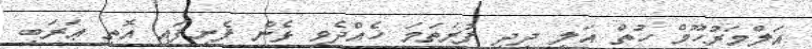
އަލްމަރުހޫމް ހުތް އަލީ ދީދީ ފުރަތަމަ ހެއްދެވި ޅެން ފެށިފައި އޮތީ ޢަރަބި